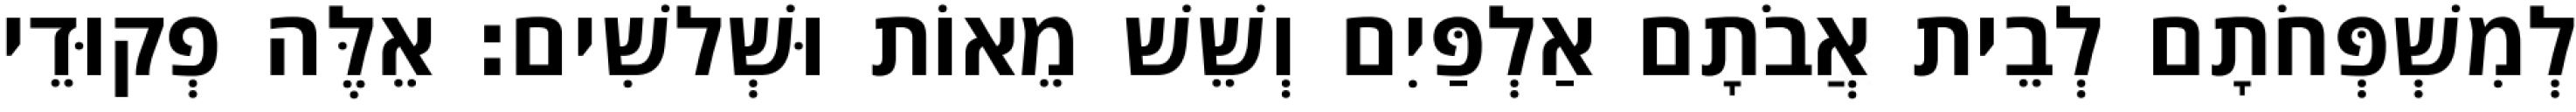
לְמִשְׁפְּחֹתָם לְבֵית אֲבֹתָם אַלְפַּיִם וְשֵׁשׁ מֵאוֹת וּשְׁלשִׁים׃ אֵלֶּה פְקוּדֵי